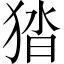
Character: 㹺